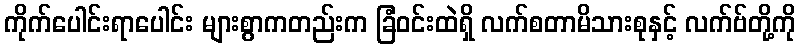
ကိုက်ပေါင်းရာပေါင်း များစွာကတည်းက ခြံဝင်းထဲရှိ လက်စတာမိသားစုနှင့် လက်ဗ်တို့ကို